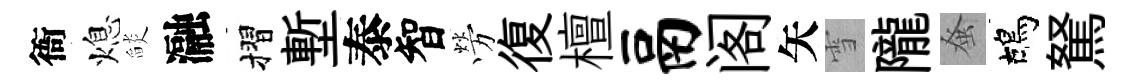
衙熄𦦨瀜摺塹泰智勞復檀鬲阁矢雪隴𫊫鴣駑